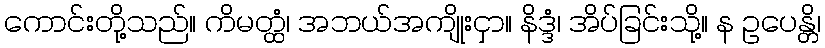
ကောင်းတို့သည်။ ကိမတ္ထံ၊ အဘယ်အကျိုးငှာ။ နိဒ္ဒံ၊ အိပ်ခြင်းသို့။ န ဥပေန္တိ၊